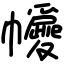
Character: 㡪